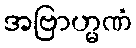
အဗြာဟ္မဏံ